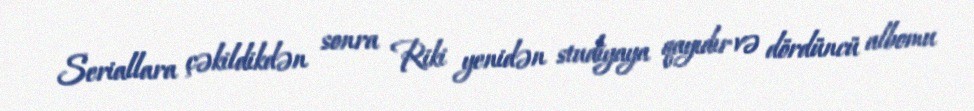
Seriallara çəkildikdən sonra Riki yenidən studiyaya qayıdır və dördüncü albomu